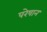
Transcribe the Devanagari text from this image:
परेषान